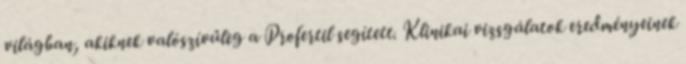
világban, akiknek valószívűleg a Profertil segített. Klinikai vizsgálatok eredményeinek